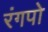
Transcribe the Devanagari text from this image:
रंगपो